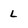
Character: L